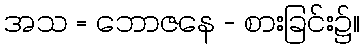
အသ = ဘောဇနေ - စားခြင်း၌။